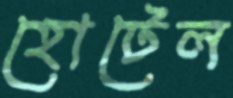
হোটেল